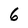
Character: 6